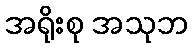
အရိုးစု အသုဘ